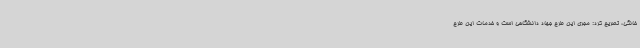
خانگی، تصریح کرد: مجری این طرح جهاد دانشگاهی است و خدمات این طرح